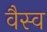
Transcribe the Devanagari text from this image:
वैस्‍व